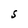
Character: S